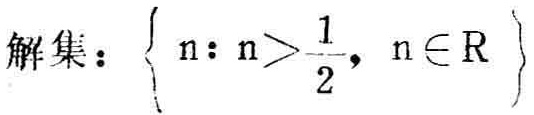
\(解集：\left\{ n: n>\frac{1}{2}, n\in \mathbb{R} \right\}\)